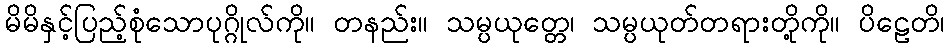
မိမိနှင့်ပြည့်စုံသောပုဂ္ဂိုလ်ကို။ တနည်း။ သမ္ပယုတ္တေ၊ သမ္ပယုတ်တရားတို့ကို။ ပိဠေတိ၊